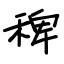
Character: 稗